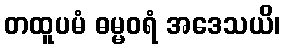
တထူပမံ ဓမ္မဝရံ အဒေသယိ၊